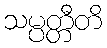
သမ္ပတ္တီတိ